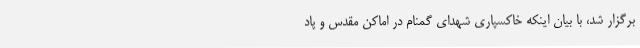
برگزار شد، با بیان اینکه خاکسپاری شهدای گمنام در اماکن مقدس و پاد